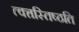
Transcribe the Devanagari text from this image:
त्वत्तस्तिष्ठति